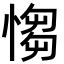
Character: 㥮